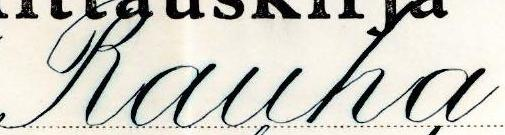
Rauha